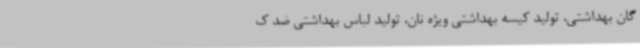
گان بهداشتی، تولید کیسه بهداشتی ویژه نان، تولید لباس بهداشتی ضد ک